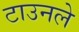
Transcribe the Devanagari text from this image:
टाउनले